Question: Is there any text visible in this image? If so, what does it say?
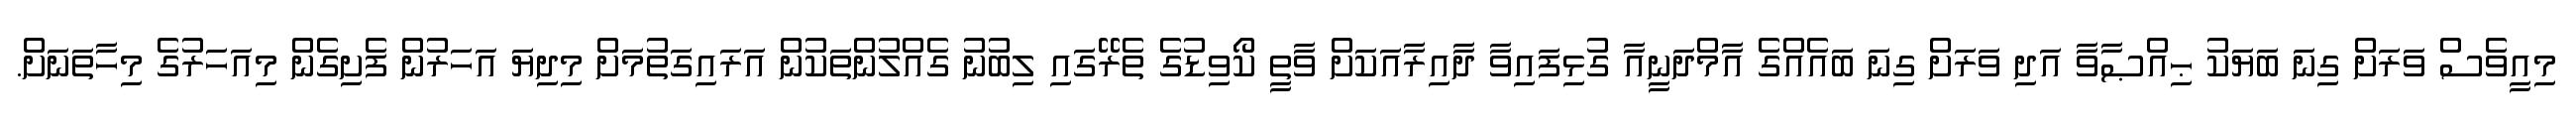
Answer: މިއީވެސް ވަރަށް ގިނަ ބަޔަކު ޙިއްޞާވާ އަދި ވަރަށް ގިނަ ބައެއްގެ އާމްދަނީއާ ގުޅިފައިވާ ދާއިރާއަކަށް ވާތީ ކޯވިޑުގެ ތެރޭގައި ލިބުނު ގެއްލުންތަކުން އަރައިގަތުމަށް މިދިޔަ އަހަރުން ފެށިގެން މިއަހަރުގެ މިހާތަނަށް.